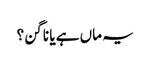
یہ ماں ہے یا ناگن؟